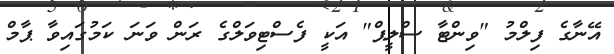
އޭނާގެ ފިލްމު "ވިންޓާ ސްލީޕް" އަކީ ފެސްޓިވަލްގެ ރަން ވަނަ ކަމުގައިވާ ޕާމް